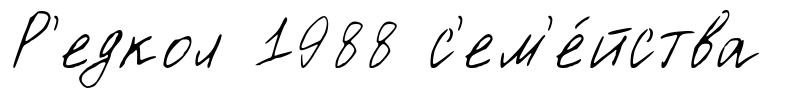
Р'едкол 1988 с'ем'е́йства